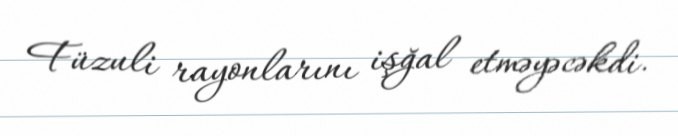
Füzuli rayonlarını işğal etməyəcəkdi.